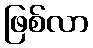
ဖြစ်လာ